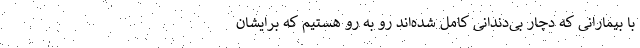
با بیمارانی که دچار بی‌دندانی کامل شده‌اند رو به رو هستیم که برایشان